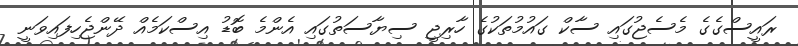
ރައީސްގެގެ މެސެޖުގައި ސާކް ގައުމުތަކުގެ ހާރިޖީ ސިޔާސަތުގައި އެންމެ ބޮޑު އިސްކަމެއް ދޭންޖެހިފައިވަނީ